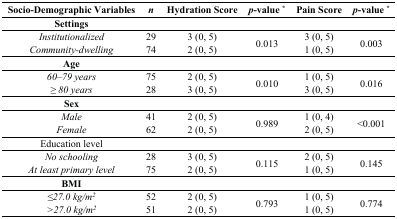
| Socio-Demographic Variables | n | Hydration Score | p-value * | Pain Score | p-value * |
 | --- | --- | --- | --- | --- | --- |
 | Settings |  |  |  |  |  |
 | Institutionalized | 29 | 3 (0, 5) | <ROWSPAN=2> 0.013 | 3 (0, 5) | <ROWSPAN=2> 0.003 |
 | Community-dwelling | 74 | 2 (0, 5) | 1 (0, 5) |
 | Age |  |  |  |  |  |
 | 60–79 years | 75 | 2 (0, 5) | <ROWSPAN=2> 0.010 | 1 (0, 5) | <ROWSPAN=2> 0.016 |
 | ≥ 80 years | 28 | 3 (0, 5) | 3 (0, 5) |
 | Sex |  |  |  |  |  |
 | Male | 41 | 2 (0, 5) | <ROWSPAN=2> 0.989 | 1 (0, 4) | <ROWSPAN=2> <0.001 |
 | Female | 62 | 2 (0, 5) | 2 (0, 5) |
 | Education level |  |  |  |  |  |
 | No schooling | 28 | 3 (0, 5) | <ROWSPAN=2> 0.115 | 2 (0, 5) | <ROWSPAN=2> 0.145 |
 | At least primary level | 75 | 2 (0, 5) | 1 (0, 5) |
 | BMI |  |  |  |  |  |
 | ≤27.0 kg/m2 | 52 | 2 (0, 5) | <ROWSPAN=2> 0.793 | 1 (0, 5) | <ROWSPAN=2> 0.774 |
 | >27.0 kg/m2 | 51 | 2 (0, 5) | 1 (0, 5) |